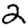
Digit: 2